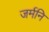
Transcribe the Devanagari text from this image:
जर्मनि